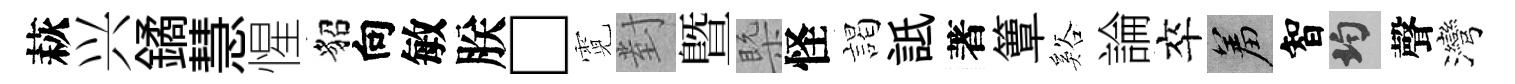
萩兴鐍慧惺貂向敏朕□霓對暨槩怪謁詆著簟谿論卒羞智均聲灣